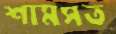
শামসত